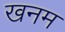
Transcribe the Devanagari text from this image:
खनम